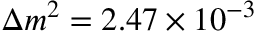
\Delta m ^ { 2 } = 2 . 4 7 \times 1 0 ^ { - 3 }